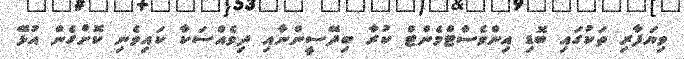
ވިޔަފާރި ތަކުގައި ބޮޑި އިންވެސްޓްމެންޓް ކުރާ ބިދޭސީންނާއި ދިވެއްސަކާ ކައިވެނި ކޮށްގެން އުޅޭ